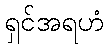
ရှင်အရဟံ